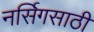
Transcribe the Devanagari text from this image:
नर्सिगसाठी